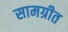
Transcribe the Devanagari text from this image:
सामग्रीत